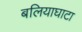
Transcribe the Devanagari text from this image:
बलियाघाटा